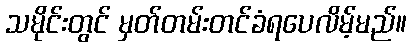
သမိုင်းတွင် မှတ်တမ်းတင်ခံရပေလိမ့်မည်။